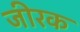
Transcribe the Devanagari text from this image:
जीरक